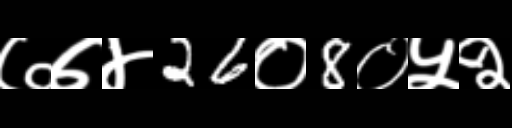
Text: ७७४26०8०५२